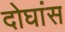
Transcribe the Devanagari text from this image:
दोघांस